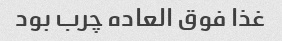
غذا فوق العاده چرب بود